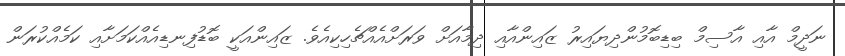
ނަދީމް އާއި އާސިމް ބިޑިބޮމުންދިޔައިރު ޒައިންއާއި ދިމާއަށް ވަރަށްއެއްޗެހިކިއެވެ. ޒައިންއަކީ ބޮޑުފިނޑިއެއްކަމަށާއި ކަމެއްކުރަން